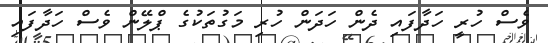
ވެސް ހުރީ ހަދާފައި ދެން ހަދަން ހުރި މަގުތަކުގެ ޕްލޭން ވެސް ހަދާފައި